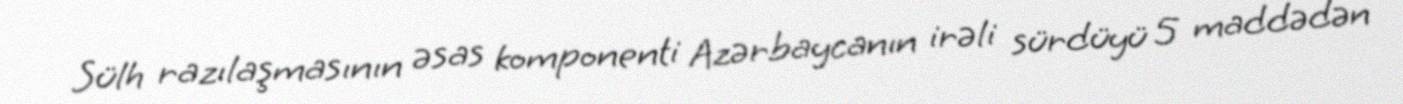
Sülh razılaşmasının əsas komponenti Azərbaycanın irəli sürdüyü 5 maddədən